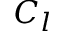
C _ { l }